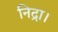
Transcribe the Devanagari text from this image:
निद्रा।